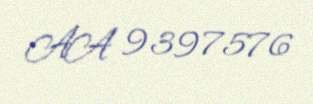
AA 9397576